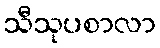
သီသုပစာလာ